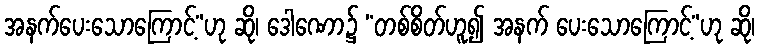
အနက်ပေးသောကြောင့်”ဟု ဆို၊ ဒေါဏော၌ “တစ်စိတ်ဟူ၍ အနက် ပေးသောကြောင့်”ဟု ဆို၊